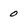
Character: 0